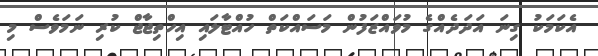
އެކަމަކު ގިނަ އަދަދެއްގެ މުވައްޒަފުން މަސައްކަތް ހުއްޓާލައި އިހްތިޖާޖް ކުރި ނަމަވެސް މި